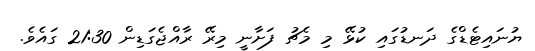
ޔުނައިޓެޑްގެ ދަނޑުގައި ކުޅޭ މި މެޗު ފަށާނީ މިރޭ ރާއްޖެގަޑިން 21:30 ގައެވެ.